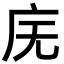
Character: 庑